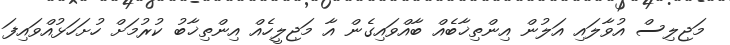
މަޖިލިސް އުވާލައި އަލުން އިންތިޚާބެއް ބާއްވައިގެން އާ މަޖިލީހެއް އިންތިޚާބު ކުރުމަށް ހުށަހަޅުއްވައިފަ